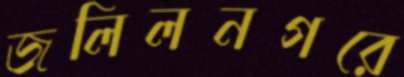
জলিলনগরে